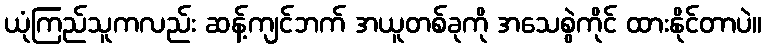
ယုံကြည်သူကလည်း ဆန့်ကျင်ဘက် အယူတစ်ခုကို အသေစွဲကိုင် ထားနိုင်တာပဲ။